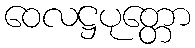
ဝေလဋ္ဌပုတ္တော